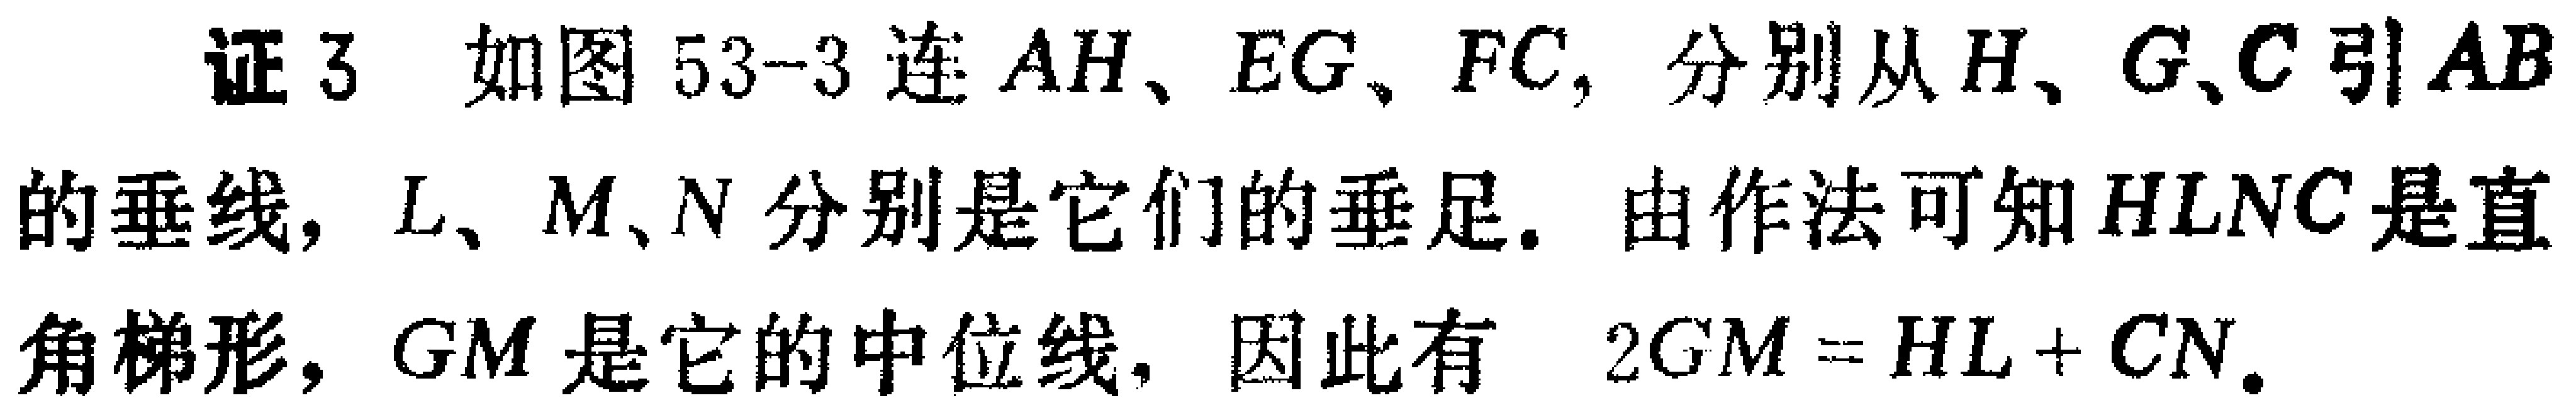
证3 如图53-3连 \(AH\)、\(EG\)、\(FC\)，分别从 \(H\)、\(G\)、\(C\)引 \(AB\)的垂线，\(L\)、\(M\)、\(N\)分别是它们的垂足. 由作法可知 \(HLNC\)是直角梯形，\(GM\)是它的中位线，因此有 \(2GM = HL + CN\).